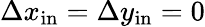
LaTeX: \Delta x_{\mathrm{in}}=\Delta y_{\mathrm{in}}=0